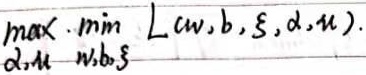
\(\max_{d,\mu}\min_{w,b,\xi} L(w,b,\xi,d,\mu)\)